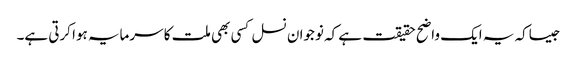
جیساکہ یہ ایک واضح حقیقت ہے کہ نوجوان نسل کسی بھی ملت کا سرمایہ ہوا کرتی ہے۔